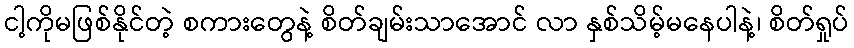
ငါ့ကိုမဖြစ်နိုင်တဲ့ စကားတွေနဲ့ စိတ်ချမ်းသာအောင် လာ နှစ်သိမ့်မနေပါနဲ့၊ စိတ်ရှုပ်